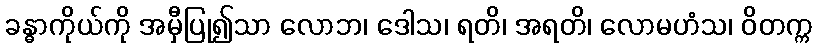
ခန္ဓာကိုယ်ကို အမှီပြု၍သာ လောဘ၊ ဒေါသ၊ ရတိ၊ အရတိ၊ လောမဟံသ၊ ဝိတက္က